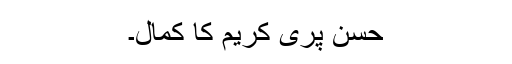
حسن پری کریم کا کمال۔